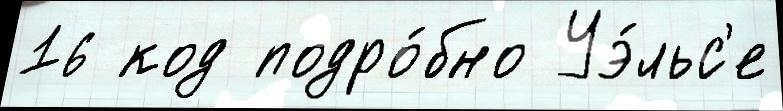
16 код подро́бно Уэ́льс'е